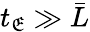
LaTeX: t_{\mathfrak{E}}\gg\bar{{L}}